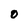
Character: 0